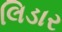
લિડાર